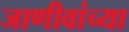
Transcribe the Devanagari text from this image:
जाणीवांच्या